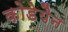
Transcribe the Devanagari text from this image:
कोडेयैन